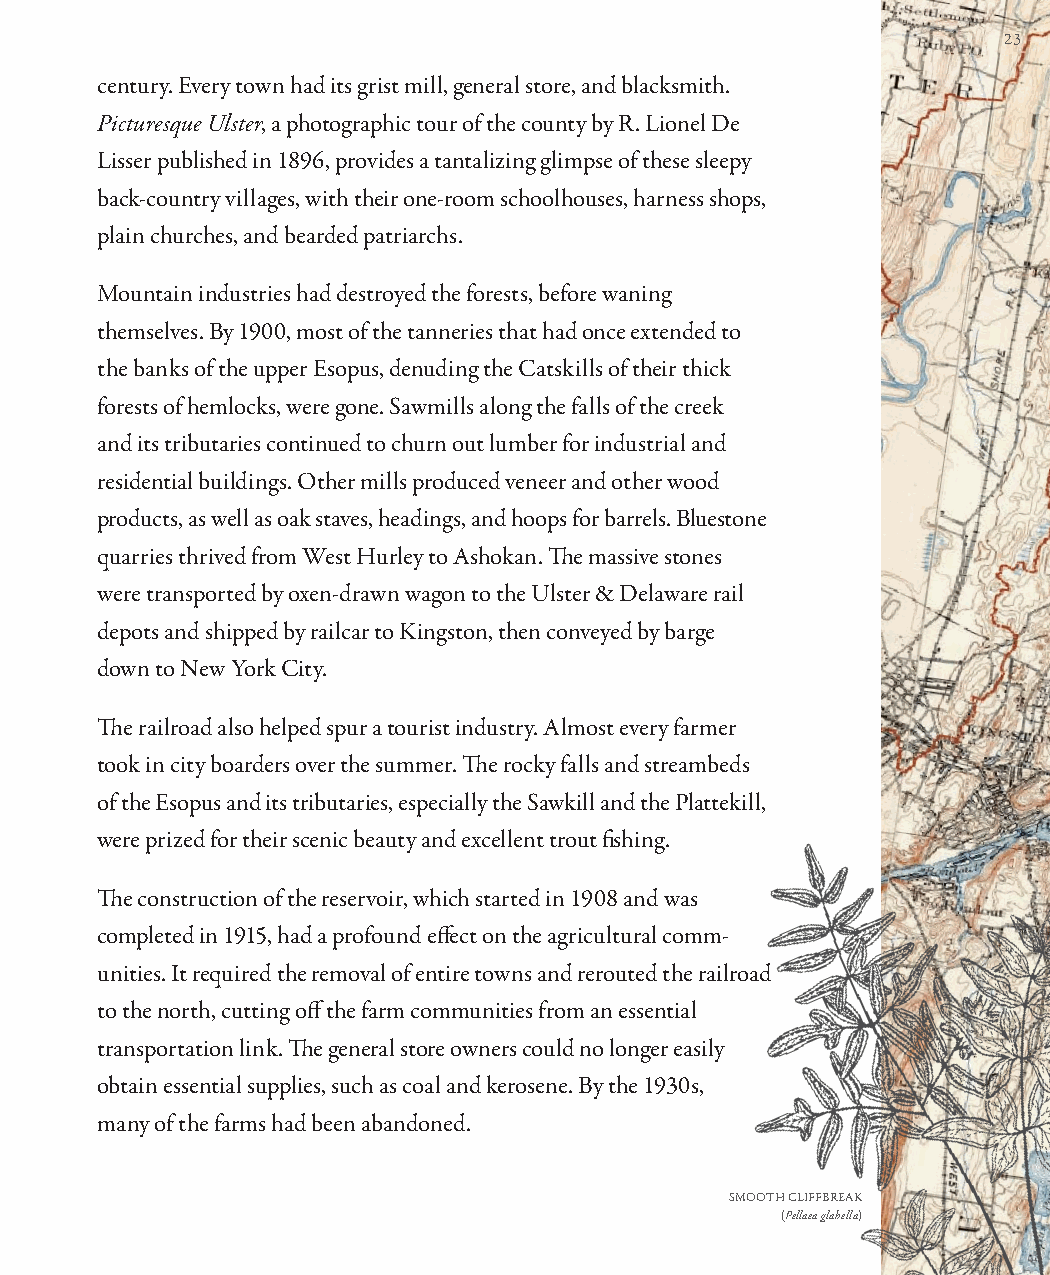
23
 century. Every town had its grist mill, general store, and blacksmith.
 Picturesque Ulster, a photographic tour of the county by R. Lionel De
 Lisser published in 1896, provides a tantalizing glimpse of these sleepy
 back-country villages, with their one-room schoolhouses, harness shops,
 plain churches, and bearded patriarchs.
 Mountain industries had destroyed the forests, before waning
 themselves. By 1900, most of the tanneries that had once extended to
 the banks of the upper Esopus, denuding the Catskills of their thick
 forests of hemlocks, were gone. Sawmills along the falls of the creek
 and its tributaries continued to churn out lumber for industrial and
 residential buildings. Other mills produced veneer and other wood
 products, as well as oak staves, headings, and hoops for barrels. Bluestone
 quarries thrived from West Hurley to Ashokan. Th e massive stones
 were transported by oxen-drawn wagon to the Ulster & Delaware rail
 depots and shipped by railcar to Kingston, then conveyed by barge
 down to New York City.
 Th e railroad also helped spur a tourist industry. Almost every farmer
 took in city boarders over the summer. Th e rocky falls and streambeds
 of the Esopus and its tributaries, especially the Sawkill and the Plattekill,
 were prized for their scenic beauty and excellent trout fi shing.
 Th e construction of the reservoir, which started in 1908 and was
 completed in 1915, had a profound eff ect on the agricultural comm-
 unities. It required the removal of entire towns and rerouted the railroad
 to the north, cutting off the farm communities from an essential
 transportation link. Th e general store owners could no longer easily
 obtain essential supplies, such as coal and kerosene. By the 1930s,
 many of the farms had been abandoned.
 SMOOTH CLIFFBREAK
 (Pellaea glabella)